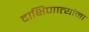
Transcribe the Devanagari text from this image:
दाक्षिणात्यांना